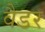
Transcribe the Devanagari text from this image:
वैडर